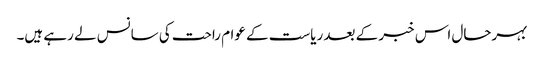
بہرحال اس خبر کے بعد ریاست کے عوام راحت کی سانس لے رہے ہیں۔